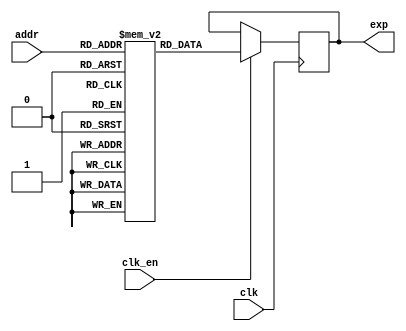
`timescale 1ns / 1ps


/* This file is part of JT12.

 
    JT12 program is free software: you can redistribute it and/or modify
    it under the terms of the GNU General Public License as published by
    the Free Software Foundation, either version 3 of the License, or
    (at your option) any later version.

    JT12 program is distributed in the hope that it will be useful,
    but WITHOUT ANY WARRANTY; without even the implied warranty of
    MERCHANTABILITY or FITNESS FOR A PARTICULAR PURPOSE.  See the
    GNU General Public License for more details.

    You should have received a copy of the GNU General Public License
    along with JT12.  If not, see <http://www.gnu.org/licenses/>.

    Based on Sauraen VHDL version of OPN/OPN2, which is based on die shots.

    Author: Jose Tejada Gomez. Twitter: @topapate
    Version: 1.0
    Date: 27-1-2017 

*/

// altera message_off 10030

module jt12_exprom
(
    input [7:0] addr,
    input clk, 
    input clk_en,
    output reg [9:0] exp
);

    reg [9:0] explut_jt51[255:0];
    initial
    begin
        explut_jt51[8'd000] = 10'd1018;
        explut_jt51[8'd001] = 10'd1013;
        explut_jt51[8'd002] = 10'd1007;
        explut_jt51[8'd003] = 10'd1002;
        explut_jt51[8'd004] = 10'd0996;
        explut_jt51[8'd005] = 10'd0991;
        explut_jt51[8'd006] = 10'd0986;
        explut_jt51[8'd007] = 10'd0980;
        explut_jt51[8'd008] = 10'd0975;
        explut_jt51[8'd009] = 10'd0969;
        explut_jt51[8'd010] = 10'd0964;
        explut_jt51[8'd011] = 10'd0959;
        explut_jt51[8'd012] = 10'd0953;
        explut_jt51[8'd013] = 10'd0948;
        explut_jt51[8'd014] = 10'd0942;
        explut_jt51[8'd015] = 10'd0937;
        explut_jt51[8'd016] = 10'd0932;
        explut_jt51[8'd017] = 10'd0927;
        explut_jt51[8'd018] = 10'd0921;
        explut_jt51[8'd019] = 10'd0916;
        explut_jt51[8'd020] = 10'd0911;
        explut_jt51[8'd021] = 10'd0906;
        explut_jt51[8'd022] = 10'd0900;
        explut_jt51[8'd023] = 10'd0895;
        explut_jt51[8'd024] = 10'd0890;
        explut_jt51[8'd025] = 10'd0885;
        explut_jt51[8'd026] = 10'd0880;
        explut_jt51[8'd027] = 10'd0874;
        explut_jt51[8'd028] = 10'd0869;
        explut_jt51[8'd029] = 10'd0864;
        explut_jt51[8'd030] = 10'd0859;
        explut_jt51[8'd031] = 10'd0854;
        explut_jt51[8'd032] = 10'd0849;
        explut_jt51[8'd033] = 10'd0844;
        explut_jt51[8'd034] = 10'd0839;
        explut_jt51[8'd035] = 10'd0834;
        explut_jt51[8'd036] = 10'd0829;
        explut_jt51[8'd037] = 10'd0824;
        explut_jt51[8'd038] = 10'd0819;
        explut_jt51[8'd039] = 10'd0814;
        explut_jt51[8'd040] = 10'd0809;
        explut_jt51[8'd041] = 10'd0804;
        explut_jt51[8'd042] = 10'd0799;
        explut_jt51[8'd043] = 10'd0794;
        explut_jt51[8'd044] = 10'd0789;
        explut_jt51[8'd045] = 10'd0784;
        explut_jt51[8'd046] = 10'd0779;
        explut_jt51[8'd047] = 10'd0774;
        explut_jt51[8'd048] = 10'd0770;
        explut_jt51[8'd049] = 10'd0765;
        explut_jt51[8'd050] = 10'd0760;
        explut_jt51[8'd051] = 10'd0755;
        explut_jt51[8'd052] = 10'd0750;
        explut_jt51[8'd053] = 10'd0745;
        explut_jt51[8'd054] = 10'd0741;
        explut_jt51[8'd055] = 10'd0736;
        explut_jt51[8'd056] = 10'd0731;
        explut_jt51[8'd057] = 10'd0726;
        explut_jt51[8'd058] = 10'd0722;
        explut_jt51[8'd059] = 10'd0717;
        explut_jt51[8'd060] = 10'd0712;
        explut_jt51[8'd061] = 10'd0708;
        explut_jt51[8'd062] = 10'd0703;
        explut_jt51[8'd063] = 10'd0698;
        explut_jt51[8'd064] = 10'd0693;
        explut_jt51[8'd065] = 10'd0689;
        explut_jt51[8'd066] = 10'd0684;
        explut_jt51[8'd067] = 10'd0680;
        explut_jt51[8'd068] = 10'd0675;
        explut_jt51[8'd069] = 10'd0670;
        explut_jt51[8'd070] = 10'd0666;
        explut_jt51[8'd071] = 10'd0661;
        explut_jt51[8'd072] = 10'd0657;
        explut_jt51[8'd073] = 10'd0652;
        explut_jt51[8'd074] = 10'd0648;
        explut_jt51[8'd075] = 10'd0643;
        explut_jt51[8'd076] = 10'd0639;
        explut_jt51[8'd077] = 10'd0634;
        explut_jt51[8'd078] = 10'd0630;
        explut_jt51[8'd079] = 10'd0625;
        explut_jt51[8'd080] = 10'd0621;
        explut_jt51[8'd081] = 10'd0616;
        explut_jt51[8'd082] = 10'd0612;
        explut_jt51[8'd083] = 10'd0607;
        explut_jt51[8'd084] = 10'd0603;
        explut_jt51[8'd085] = 10'd0599;
        explut_jt51[8'd086] = 10'd0594;
        explut_jt51[8'd087] = 10'd0590;
        explut_jt51[8'd088] = 10'd0585;
        explut_jt51[8'd089] = 10'd0581;
        explut_jt51[8'd090] = 10'd0577;
        explut_jt51[8'd091] = 10'd0572;
        explut_jt51[8'd092] = 10'd0568;
        explut_jt51[8'd093] = 10'd0564;
        explut_jt51[8'd094] = 10'd0560;
        explut_jt51[8'd095] = 10'd0555;
        explut_jt51[8'd096] = 10'd0551;
        explut_jt51[8'd097] = 10'd0547;
        explut_jt51[8'd098] = 10'd0542;
        explut_jt51[8'd099] = 10'd0538;
        explut_jt51[8'd100] = 10'd0534;
        explut_jt51[8'd101] = 10'd0530;
        explut_jt51[8'd102] = 10'd0526;
        explut_jt51[8'd103] = 10'd0521;
        explut_jt51[8'd104] = 10'd0517;
        explut_jt51[8'd105] = 10'd0513;
        explut_jt51[8'd106] = 10'd0509;
        explut_jt51[8'd107] = 10'd0505;
        explut_jt51[8'd108] = 10'd0501;
        explut_jt51[8'd109] = 10'd0496;
        explut_jt51[8'd110] = 10'd0492;
        explut_jt51[8'd111] = 10'd0488;
        explut_jt51[8'd112] = 10'd0484;
        explut_jt51[8'd113] = 10'd0480;
        explut_jt51[8'd114] = 10'd0476;
        explut_jt51[8'd115] = 10'd0472;
        explut_jt51[8'd116] = 10'd0468;
        explut_jt51[8'd117] = 10'd0464;
        explut_jt51[8'd118] = 10'd0460;
        explut_jt51[8'd119] = 10'd0456;
        explut_jt51[8'd120] = 10'd0452;
        explut_jt51[8'd121] = 10'd0448;
        explut_jt51[8'd122] = 10'd0444;
        explut_jt51[8'd123] = 10'd0440;
        explut_jt51[8'd124] = 10'd0436;
        explut_jt51[8'd125] = 10'd0432;
        explut_jt51[8'd126] = 10'd0428;
        explut_jt51[8'd127] = 10'd0424;
        explut_jt51[8'd128] = 10'd0420;
        explut_jt51[8'd129] = 10'd0416;
        explut_jt51[8'd130] = 10'd0412;
        explut_jt51[8'd131] = 10'd0409;
        explut_jt51[8'd132] = 10'd0405;
        explut_jt51[8'd133] = 10'd0401;
        explut_jt51[8'd134] = 10'd0397;
        explut_jt51[8'd135] = 10'd0393;
        explut_jt51[8'd136] = 10'd0389;
        explut_jt51[8'd137] = 10'd0385;
        explut_jt51[8'd138] = 10'd0382;
        explut_jt51[8'd139] = 10'd0378;
        explut_jt51[8'd140] = 10'd0374;
        explut_jt51[8'd141] = 10'd0370;
        explut_jt51[8'd142] = 10'd0367;
        explut_jt51[8'd143] = 10'd0363;
        explut_jt51[8'd144] = 10'd0359;
        explut_jt51[8'd145] = 10'd0355;
        explut_jt51[8'd146] = 10'd0352;
        explut_jt51[8'd147] = 10'd0348;
        explut_jt51[8'd148] = 10'd0344;
        explut_jt51[8'd149] = 10'd0340;
        explut_jt51[8'd150] = 10'd0337;
        explut_jt51[8'd151] = 10'd0333;
        explut_jt51[8'd152] = 10'd0329;
        explut_jt51[8'd153] = 10'd0326;
        explut_jt51[8'd154] = 10'd0322;
        explut_jt51[8'd155] = 10'd0318;
        explut_jt51[8'd156] = 10'd0315;
        explut_jt51[8'd157] = 10'd0311;
        explut_jt51[8'd158] = 10'd0308;
        explut_jt51[8'd159] = 10'd0304;
        explut_jt51[8'd160] = 10'd0300;
        explut_jt51[8'd161] = 10'd0297;
        explut_jt51[8'd162] = 10'd0293;
        explut_jt51[8'd163] = 10'd0290;
        explut_jt51[8'd164] = 10'd0286;
        explut_jt51[8'd165] = 10'd0283;
        explut_jt51[8'd166] = 10'd0279;
        explut_jt51[8'd167] = 10'd0276;
        explut_jt51[8'd168] = 10'd0272;
        explut_jt51[8'd169] = 10'd0268;
        explut_jt51[8'd170] = 10'd0265;
        explut_jt51[8'd171] = 10'd0262;
        explut_jt51[8'd172] = 10'd0258;
        explut_jt51[8'd173] = 10'd0255;
        explut_jt51[8'd174] = 10'd0251;
        explut_jt51[8'd175] = 10'd0248;
        explut_jt51[8'd176] = 10'd0244;
        explut_jt51[8'd177] = 10'd0241;
        explut_jt51[8'd178] = 10'd0237;
        explut_jt51[8'd179] = 10'd0234;
        explut_jt51[8'd180] = 10'd0231;
        explut_jt51[8'd181] = 10'd0227;
        explut_jt51[8'd182] = 10'd0224;
        explut_jt51[8'd183] = 10'd0220;
        explut_jt51[8'd184] = 10'd0217;
        explut_jt51[8'd185] = 10'd0214;
        explut_jt51[8'd186] = 10'd0210;
        explut_jt51[8'd187] = 10'd0207;
        explut_jt51[8'd188] = 10'd0204;
        explut_jt51[8'd189] = 10'd0200;
        explut_jt51[8'd190] = 10'd0197;
        explut_jt51[8'd191] = 10'd0194;
        explut_jt51[8'd192] = 10'd0190;
        explut_jt51[8'd193] = 10'd0187;
        explut_jt51[8'd194] = 10'd0184;
        explut_jt51[8'd195] = 10'd0181;
        explut_jt51[8'd196] = 10'd0177;
        explut_jt51[8'd197] = 10'd0174;
        explut_jt51[8'd198] = 10'd0171;
        explut_jt51[8'd199] = 10'd0168;
        explut_jt51[8'd200] = 10'd0164;
        explut_jt51[8'd201] = 10'd0161;
        explut_jt51[8'd202] = 10'd0158;
        explut_jt51[8'd203] = 10'd0155;
        explut_jt51[8'd204] = 10'd0152;
        explut_jt51[8'd205] = 10'd0148;
        explut_jt51[8'd206] = 10'd0145;
        explut_jt51[8'd207] = 10'd0142;
        explut_jt51[8'd208] = 10'd0139;
        explut_jt51[8'd209] = 10'd0136;
        explut_jt51[8'd210] = 10'd0133;
        explut_jt51[8'd211] = 10'd0130;
        explut_jt51[8'd212] = 10'd0126;
        explut_jt51[8'd213] = 10'd0123;
        explut_jt51[8'd214] = 10'd0120;
        explut_jt51[8'd215] = 10'd0117;
        explut_jt51[8'd216] = 10'd0114;
        explut_jt51[8'd217] = 10'd0111;
        explut_jt51[8'd218] = 10'd0108;
        explut_jt51[8'd219] = 10'd0105;
        explut_jt51[8'd220] = 10'd0102;
        explut_jt51[8'd221] = 10'd0099;
        explut_jt51[8'd222] = 10'd0096;
        explut_jt51[8'd223] = 10'd0093;
        explut_jt51[8'd224] = 10'd0090;
        explut_jt51[8'd225] = 10'd0087;
        explut_jt51[8'd226] = 10'd0084;
        explut_jt51[8'd227] = 10'd0081;
        explut_jt51[8'd228] = 10'd0078;
        explut_jt51[8'd229] = 10'd0075;
        explut_jt51[8'd230] = 10'd0072;
        explut_jt51[8'd231] = 10'd0069;
        explut_jt51[8'd232] = 10'd0066;
        explut_jt51[8'd233] = 10'd0063;
        explut_jt51[8'd234] = 10'd0060;
        explut_jt51[8'd235] = 10'd0057;
        explut_jt51[8'd236] = 10'd0054;
        explut_jt51[8'd237] = 10'd0051;
        explut_jt51[8'd238] = 10'd0048;
        explut_jt51[8'd239] = 10'd0045;
        explut_jt51[8'd240] = 10'd0042;
        explut_jt51[8'd241] = 10'd0040;
        explut_jt51[8'd242] = 10'd0037;
        explut_jt51[8'd243] = 10'd0034;
        explut_jt51[8'd244] = 10'd0031;
        explut_jt51[8'd245] = 10'd0028;
        explut_jt51[8'd246] = 10'd0025;
        explut_jt51[8'd247] = 10'd0022;
        explut_jt51[8'd248] = 10'd0020;
        explut_jt51[8'd249] = 10'd0017;
        explut_jt51[8'd250] = 10'd0014;
        explut_jt51[8'd251] = 10'd0011;
        explut_jt51[8'd252] = 10'd0008;
        explut_jt51[8'd253] = 10'd0006;
        explut_jt51[8'd254] = 10'd0003;
        explut_jt51[8'd255] = 10'd0000;
    end

    always @ (posedge clk) if(clk_en)
        exp <= explut_jt51[addr];

endmodule